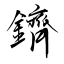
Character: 鑇